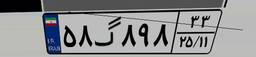
۳۰گ۱۱۳۸۶